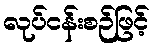
လုပ်ငန်းစဉ်ဖြင့်